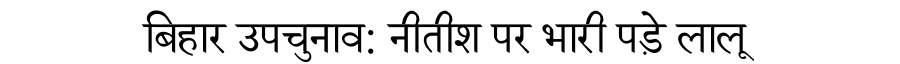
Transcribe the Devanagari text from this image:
बिहार उपचुनाव: नीतीश पर भारी पड़े लालू